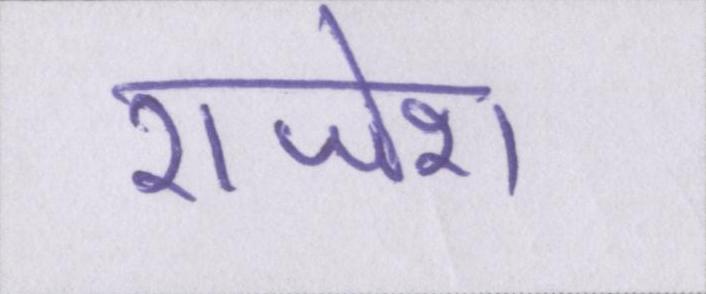
राजेश